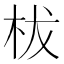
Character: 柭